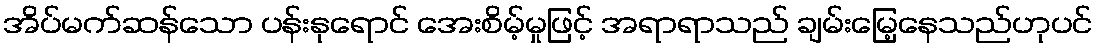
အိပ်မက်ဆန်သော ပန်းနုရောင် အေးစိမ့်မှုဖြင့် အရာရာသည် ချမ်းမြေ့နေသည်ဟုပင်